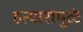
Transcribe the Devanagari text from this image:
हत्यारांमुळे